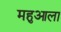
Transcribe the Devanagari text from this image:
महुआला